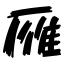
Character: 雁